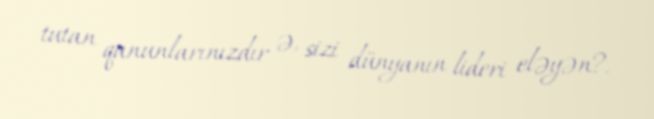
tutan qanunlarınızdır ə, sizi dünyanın lideri eləyən?.